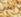
بعض